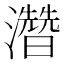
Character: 濳